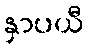
နှာပယီ